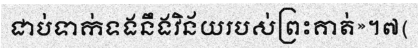
ជាប់ទាក់ទងនឹងវិន័យរបស់ព្រះគាត់»។៧(